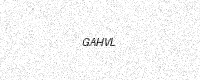
Text: GAHVL